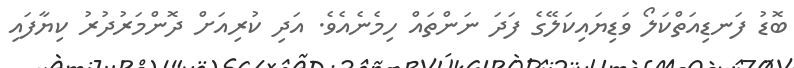
ބޮޑު ފަނޑިއަތްކަލޯ ވަޑިޔައިކަލޭގެ ފަދަ ނަންތައް ހިމެނެއެވެ. އަދި ކުރިއަށް ދޮންމަރުދުރު ކިޔާފައި